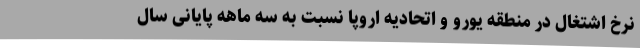
نرخ اشتغال در منطقه یورو و اتحادیه اروپا نسبت به سه ماهه پایانی سال